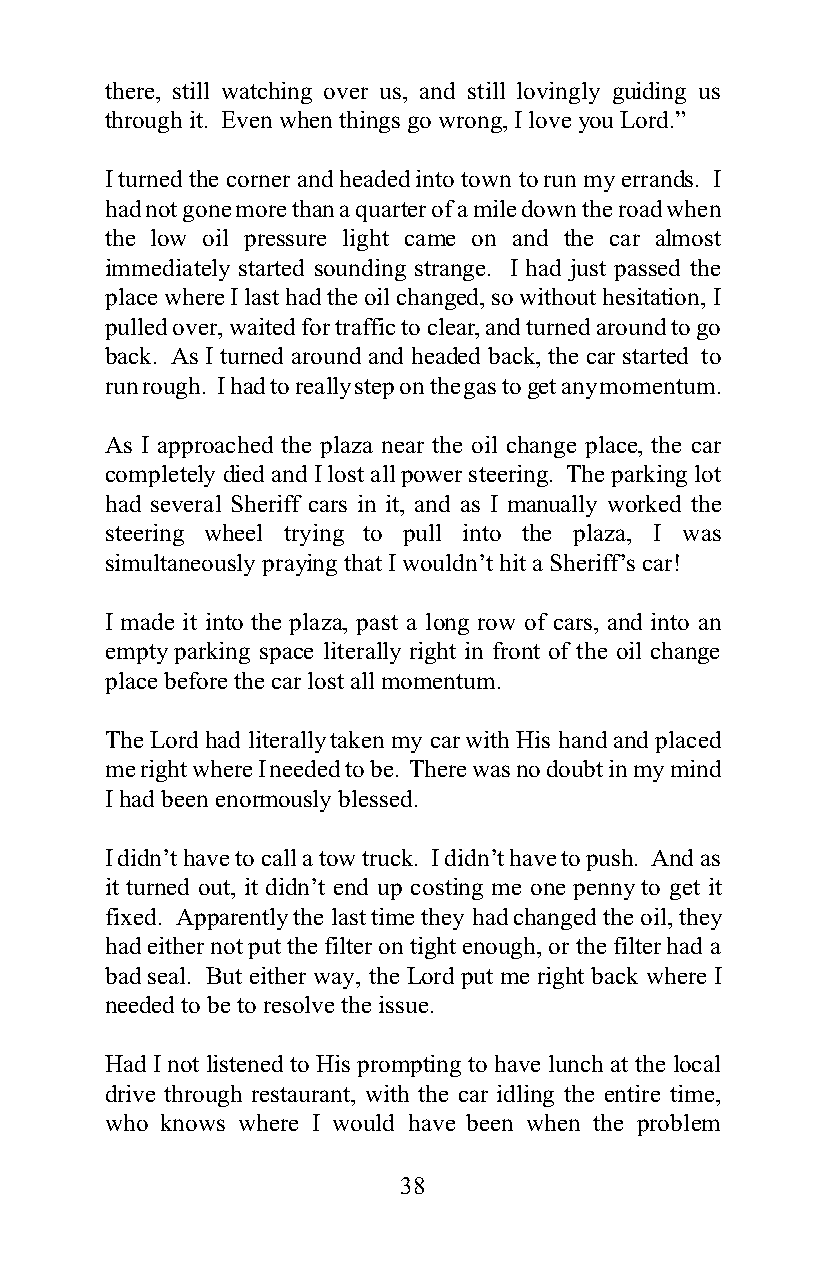
there, still watching over us, and still lovingly guiding us
 through it. Even when things go wrong, I love you Lord.”
 I turned the corner and headed into town to run my errands. I
 had not gone more than a quarter of a mile down the road when
 the low oil pressure light came on and the car almost
 immediately started sounding strange. I had just passed the
 place where I last had the oil changed, so without hesitation, I
 pulled over, waited for traffic to clear, and turned around to go
 back. As I turned around and headed back, the car started to
 run rough. I had to really step on the gas to get any momentum.
 As I approached the plaza near the oil change place, the car
 completely died and I lost all power steering. The parking lot
 had several Sheriff cars in it, and as I manually worked the
 steering wheel trying to pull into the plaza, I was
 simultaneously praying that I wouldn’t hit a Sheriff’s car!
 I made it into the plaza, past a long row of cars, and into an
 empty parking space literally right in front of the oil change
 place before the car lost all momentum.
 The Lord had literally taken my car with His hand and placed
 me right where I needed to be. There was no doubt in my mind
 I had been enormously blessed.
 I didn’t have to call a tow truck. I didn’t have to push. And as
 it turned out, it didn’t end up costing me one penny to get it
 fixed. Apparently the last time they had changed the oil, they
 had either not put the filter on tight enough, or the filter had a
 bad seal. But either way, the Lord put me right back where I
 needed to be to resolve the issue.
 Had I not listened to His prompting to have lunch at the local
 drive through restaurant, with the car idling the entire time,
 who knows where I would have been when the problem
 38